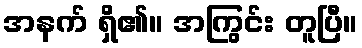
အနက် ရှိ၏။ အကြွင်း တူပြီ။